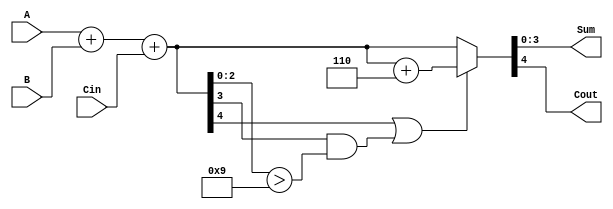
module BCD_Hybrid_Adder (
    input  wire [3:0] A,      // First BCD digit
    input  wire [3:0] B,      // Second BCD digit
    input  wire Cin,          // Carry input
    output reg  [3:0] Sum,    // BCD sum output
    output reg  Cout          // Carry output
);

    wire [4:0] binary_sum;    // 5-bit to accommodate carry
    wire correction_needed;     // Flag to indicate if correction is needed

    // Binary addition of A, B, and Cin
    assign binary_sum = A + B + Cin;

    // Check if correction is needed (if binary_sum > 9)
    assign correction_needed = (binary_sum[4] || binary_sum[3] && (binary_sum[2:0] > 4'b1001));

    always @(*) begin
        // If correction is needed, add 6 (0110) to the binary sum
        if (correction_needed) begin
            {Cout, Sum} = binary_sum + 5'b00110; // Add 6
        end else begin
            {Cout, Sum} = binary_sum; // No correction, just assign
        end
    end

endmodule